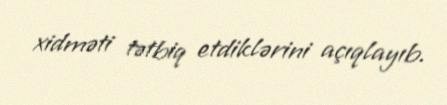
xidməti tətbiq etdiklərini açıqlayıb.